Civil Veterinary Dept. Assam report 1927-50 - 1927-1950
Year: 1927
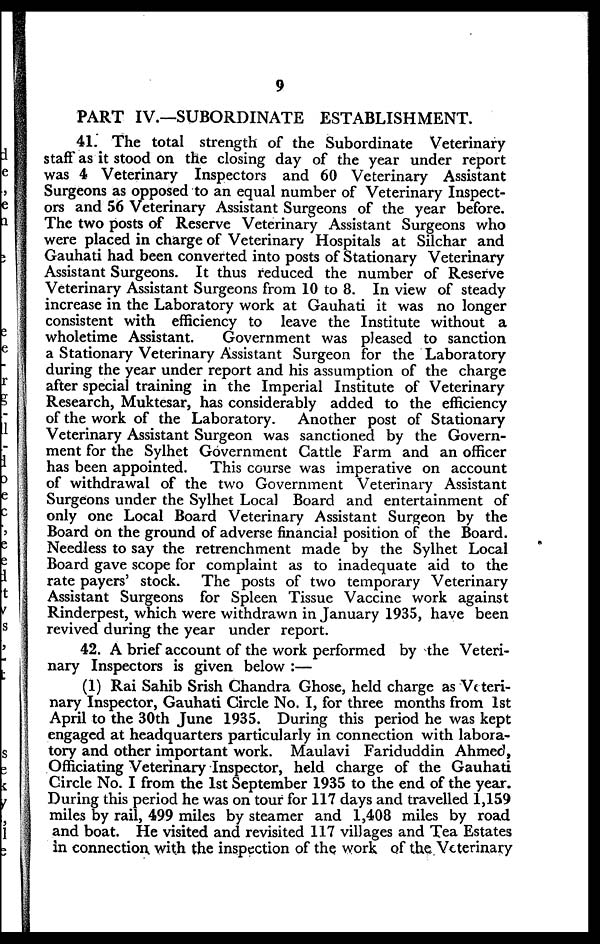
9
PART IV.—SUBORDINATE ESTABLISHMENT.
41. The total strength of the Subordinate Veterinary
staff as it stood on the closing day of the year under report
was 4 Veterinary Inspectors and 60 Veterinary Assistant
Surgeons as opposed to an equal number of Veterinary Inspect-
ors and 56 Veterinary Assistant Surgeons of the year before.
The two posts of Reserve Veterinary Assistant Surgeons who
were placed in charge of Veterinary Hospitals at Silchar and
Gauhati had been converted into posts of Stationary Veterinary
Assistant Surgeons. It thus reduced the number of Reserve
Veterinary Assistant Surgeons from 10 to 8. In view of steady
increase in the Laboratory work at Gauhati it was no longer
consistent with efficiency to leave the Institute without a
wholetime Assistant.
Government was pleased to sanction
a Stationary Veterinary Assistant Surgeon for the Laboratory
during the year under report and his assumption of the charge
after special training in the Imperial Institute of Veterinary
Research, Muktesar, has considerably added to the efficiency
of the work of the Laboratory. Another post of Stationary
Veterinary Assistant Surgeon was sanctioned by the Govern-
ment for the Sylhet Government Cattle Farm and an officer
has been appointed.
This course was imperative on account
of withdrawal of the two Government Veterinary Assistant
Surgeons under the Sylhet Local Board and entertainment of
only one Local Board Veterinary Assistant Surgeon by the
Board on the ground of adverse financial position of the Board.
Needless to say the retrenchment made by the Sylhet Local
Board gave scope for complaint as to inadequate aid to the
rate payers' stock. The posts of two temporary Veterinary
Assistant Surgeons for Spleen Tissue Vaccine work against
Rinderpest, which were withdrawn in January 1935, have been
revived during the year under report.
42. A brief account of the work performed by the Veteri-
nary Inspectors is given below :—
(1) Rai Sahib Srish Chandra Ghose, held charge as Veteri-
nary Inspector, Gauhati Circle No. I, for three months from 1st
April to the 30th June 1935. During this period he was kept
engaged at headquarters particularly in connection with labora-
tory and other important work. Maulavi Fariduddin Ahmed,
Officiating Veterinary Inspector, held charge of the Gauhati
Circle No. I from the 1st September 1935 to the end of the year.
During this period he was on tour for 117 days and travelled 1,159
miles by rail, 499 miles by steamer and 1,408 miles by road
and boat. He visited and revisited 117 villages and Tea Estates
in connection with the inspection of the work of the Veterinary